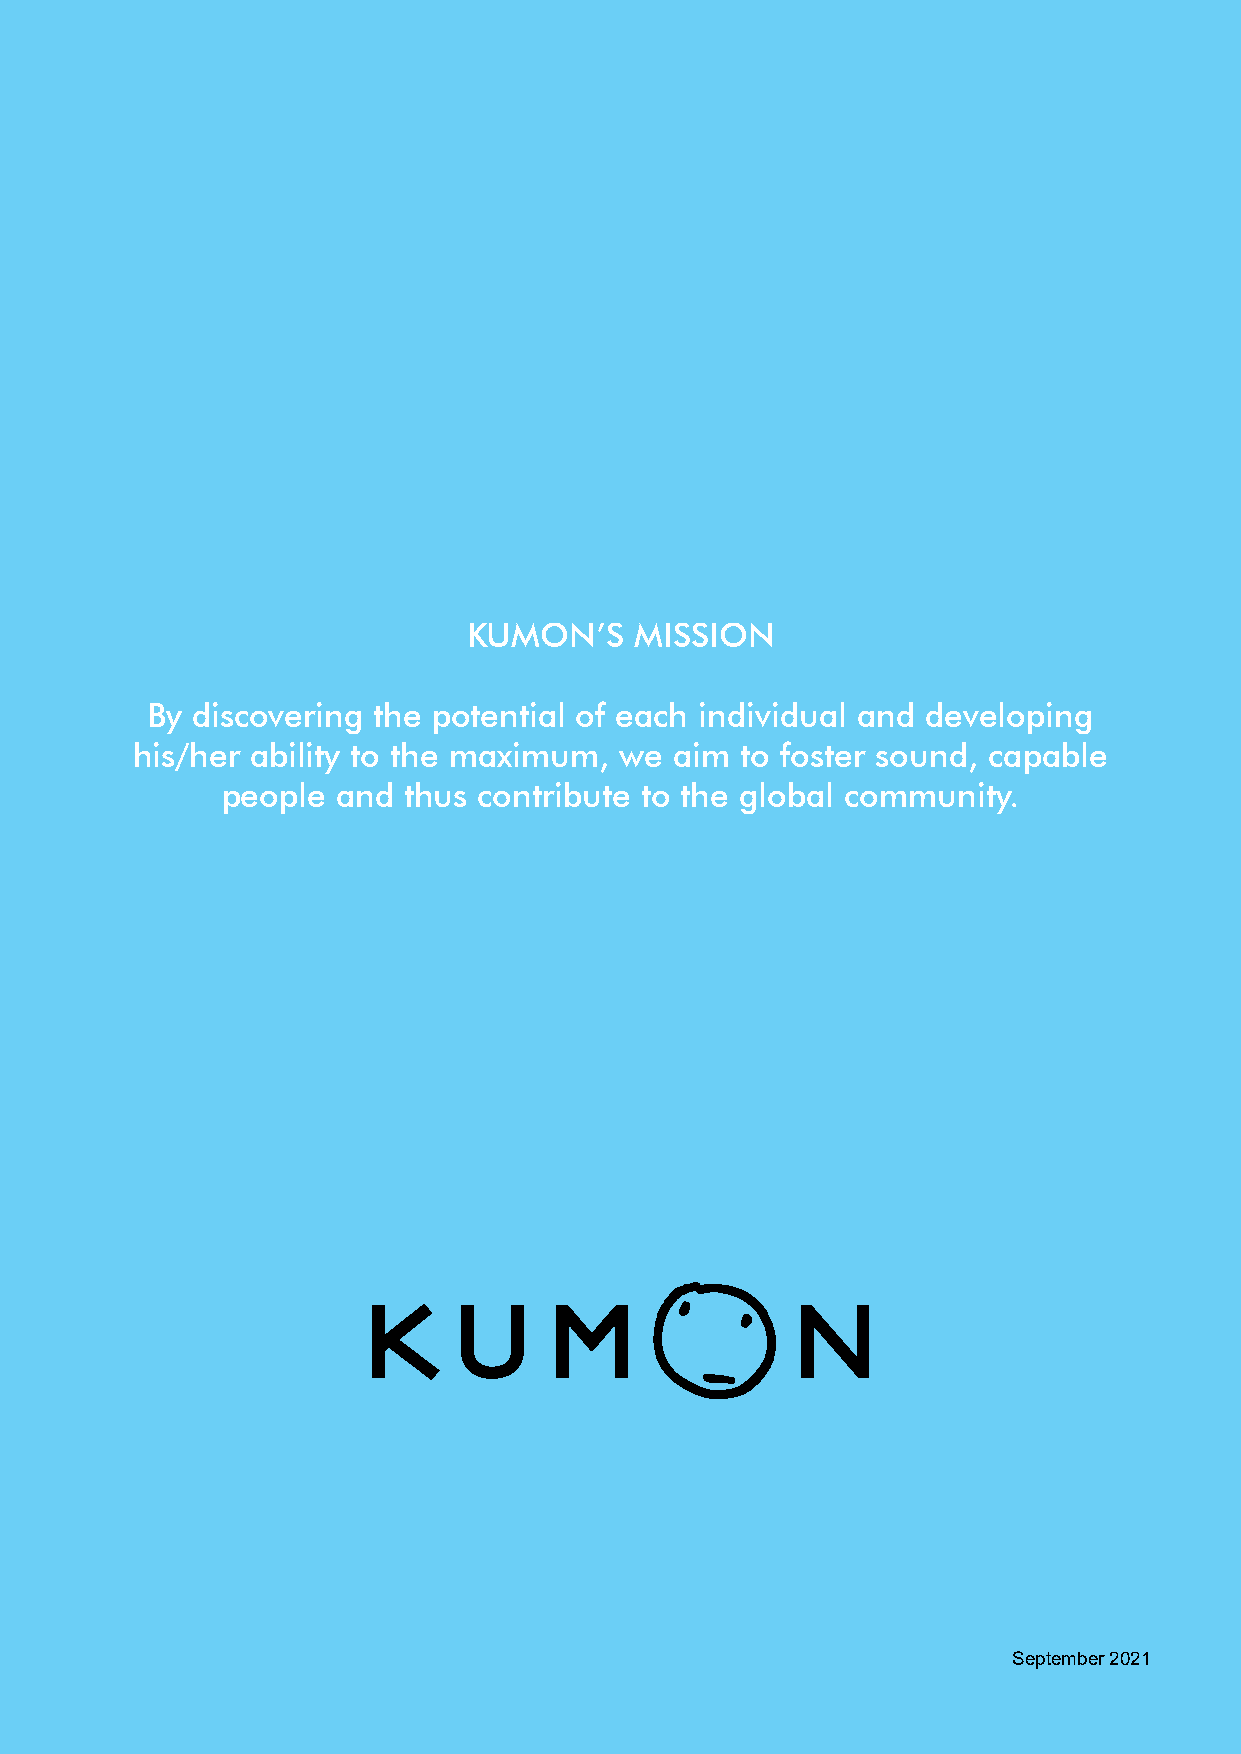
KUMON’S    MISSION
 By discovering the potential of each individual and developing
 his/her ability to the maximum, we  aim to foster sound, capable
 people and  thus contribute to the global community.
 September 2021
 20